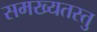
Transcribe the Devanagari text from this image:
समख्यतस्तु